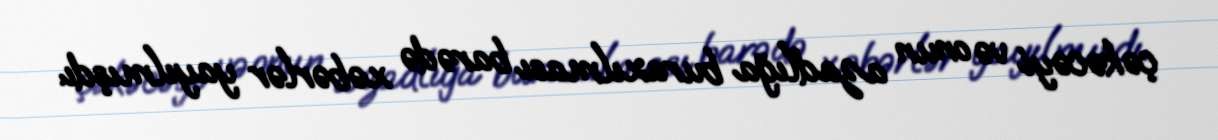
çəkəcəyi və onun azadlığa buraxılması barədə xəbərlər yayılmışdı.